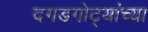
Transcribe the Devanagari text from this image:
दगडगोट्यांच्या